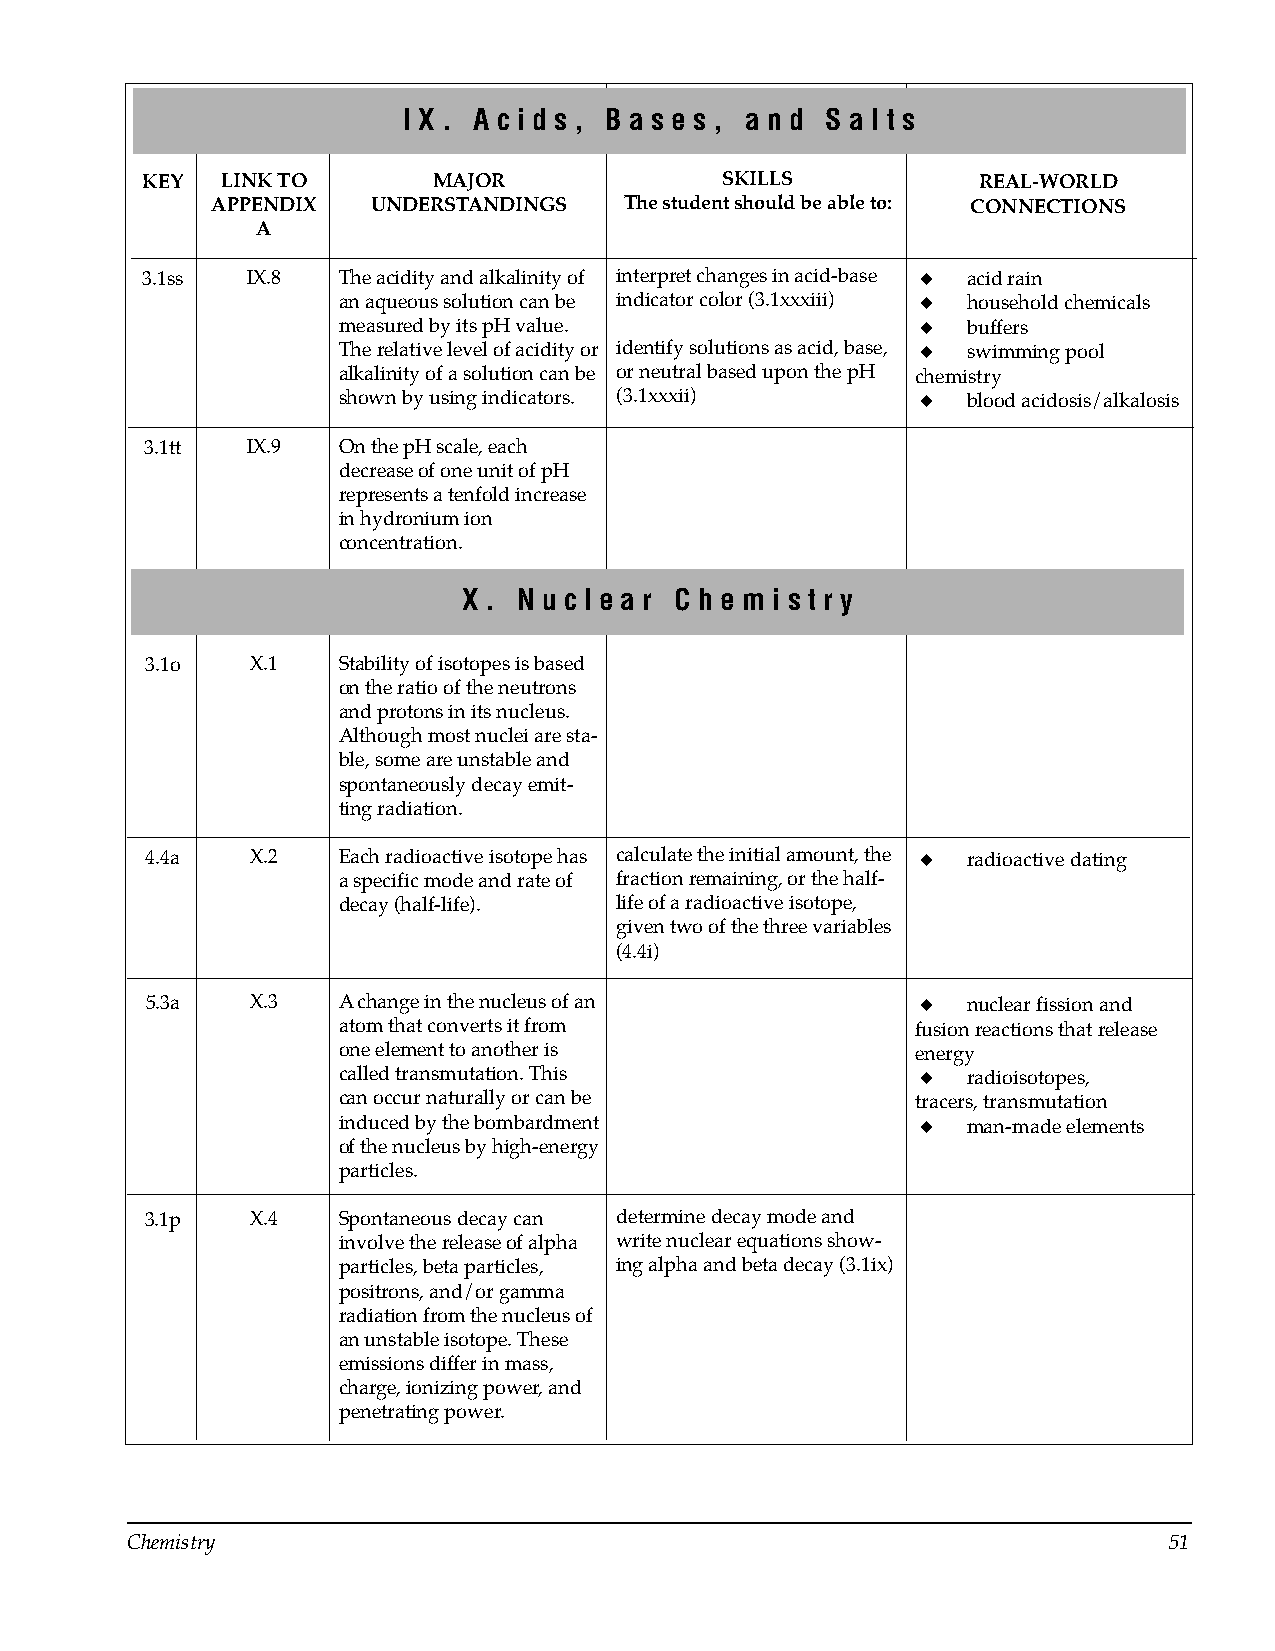
I X . A c i d s , B a s e s , a n d S a l t s
 KEY   LINK TO       MAJOR              SKILLS           REAL-WORLD
 APPENDIX   UNDERSTANDINGS  The student should be able to: CONNECTIONS
 A
 3.1ss  IX.8  The acidity and alkalinity of interpret changes in acid-base ◆ acid rain
 an aqueous solution can be indicator color (3.1xxxiii) ◆ household chemicals
 measured by its pH value.              ◆  buffers
 The relative level of acidity or identify solutions as acid, base, ◆ swimming pool
 alkalinity of a solution can be or neutral based upon the pH chemistry
 shown by using indicators. (3.1xxxii)  ◆  blood acidosis/alkalosis
 3.1tt IX.9  On the pH scale, each
 decrease of one unit of pH
 represents a tenfold increase
 in hydronium ion
 concentration.
 X . N u c l e a r C h e m i s t r y
 3.1o   X.1  Stability of isotopes is based
 on the ratio of the neutrons
 and protons in its nucleus.
 Although most nuclei are sta­
 ble, some are unstable and
 spontaneously decay emit­
 ting radiation.
 4.4a   X.2  Each radioactive isotope has calculate the initial amount, the ◆ radioactive dating
 a specific mode and rate of fraction remaining, or the half-
 decay (half-life). life of a radioactive isotope,
 given two of the three variables
 (4.4i)
 5.3a   X.3  A change in the nucleus of an          ◆  nuclear fission and
 atom that converts it from             fusion reactions that release
 one element to another is              energy
 called transmutation. This             ◆  radioisotopes,
 can occur naturally or can be          tracers, transmutation
 induced by the bombardment             ◆  man-made elements
 of the nucleus by high-energy
 particles.
 3.1p   X.4  Spontaneous decay can determine decay mode and
 involve the release of alpha write nuclear equations show-
 particles, beta particles, ing alpha and beta decay (3.1ix)
 positrons, and/or gamma
 radiation from the nucleus of
 an unstable isotope. These
 emissions differ in mass,
 charge, ionizing power, and
 penetrating power.
 Chemistry                                                            51